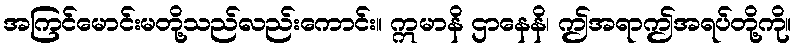
အကြင်မောင်းမတို့သည်လည်းကောင်း။ ဣမာနိ ဌာနေနိ၊ ဤအရာဤအရပ်တို့ကို။